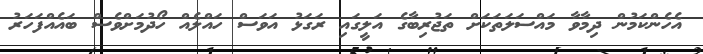
އެހެންކަމުން ދިމާވާ މައްސަލަތަކަށް ތަޖުރިބާގެ އަލީގައި ރަގަޅު އަވަސް ހައްލެއް ހޯދުމަށްވެސް ބައެއްފަހަރު